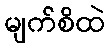
မျက်စိထဲ